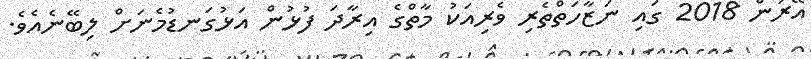
އޭރުން 2018 ގައި ނަޒާހަތްތެރި ވެރިއަކު މާތްގެ އިރާދަ ފުޅުން އަޅުގަނޑުމެނަށް ލިބޭނެއެވެ.